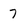
Character: 7